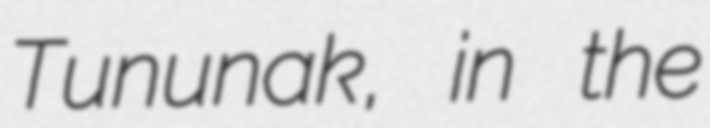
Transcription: Tununak, in the